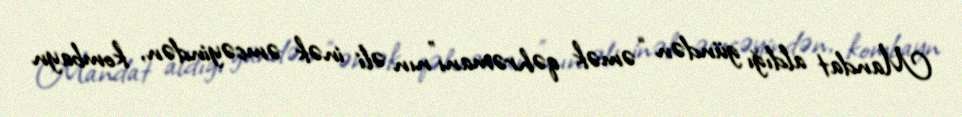
Mandat aldığı gündən “əmək qəhrəmanı”nın əli inək əmcəyindən, kombayn